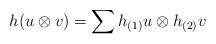
LaTeX: \begin{align*} h(u\otimes v)=\sum h_{(1)}u \otimes h_{(2)}v\end{align*}